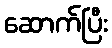
ဆောက်ပြီး